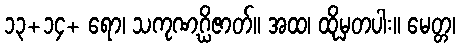
၁၃+၁၄+ ရော၊ သကုဏဂ္ဃိဇာတ်။ အထ၊ ထိုမှတပါး။ မေတ္တ၊